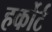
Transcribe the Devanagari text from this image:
हर्कोर्ट